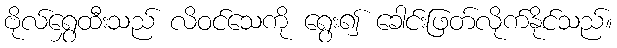
ဗိုလ်ရွှေထီးသည် လိဝင်သေကို ရွေး၍ ခေါင်းဖြတ်လိုက်နိုင်သည်။